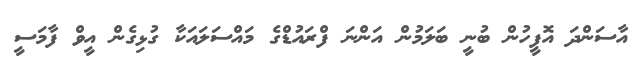
އާސަންދަ އޮފީހުން ބުނީ ބަލަމުން އަންނަ ފްރައުޑްގެ މައްސަލައަކާ ގުޅިގެން އީވް ފާމަސީ